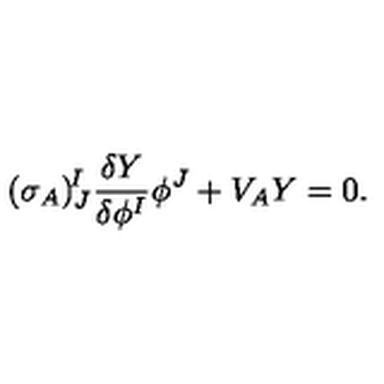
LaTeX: ( \sigma _ { A } ) _ { J } ^ { \! I } \frac { \delta Y } { \delta \phi ^ { I } } \phi ^ { J } + V _ { A } Y = 0 .